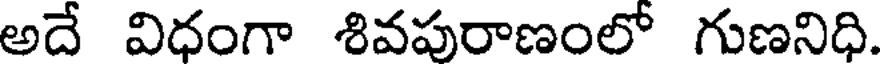
అదే విధంగా శివపురాణంలో గుణనిధి.